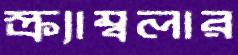
স্ক্র্যাম্বলার